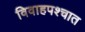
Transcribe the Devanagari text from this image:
विवाहपश्चात